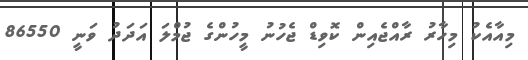
މިއާއެކު މިހާރު ރާއްޖެއިން ކޮވިޑް ޖެހުނު މީހުންގެ ޖުމްލަ އަދަދު ވަނީ 86550